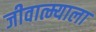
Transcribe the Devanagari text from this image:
जीवात्म्याला